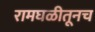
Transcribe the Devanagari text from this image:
रामघळीतूनच